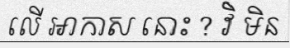
លើ ឤកាស នោះ ? វិ មិន